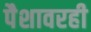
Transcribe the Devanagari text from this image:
पैशावरही